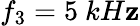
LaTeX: f_{3}=5~kH\mathbf{z}